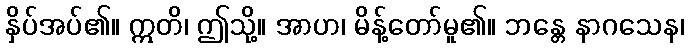
နှိပ်အပ်၏။ ဣတိ၊ ဤသို့။ အာဟ၊ မိန့်တော်မူ၏။ ဘန္တေ နာဂသေန၊